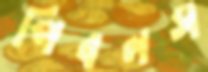
পিবলস